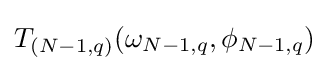
{\textstyle T_{(N-1,q)}(\omega _{N-1,q},\phi _{N-1,q})}